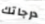
درجاتك